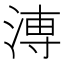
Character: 𱧈